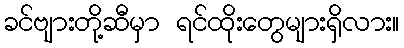
ခင်ဗျားတို့ဆီမှာ ရင်ထိုးတွေများရှိလား။